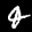
Label: 4